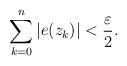
LaTeX: \begin{align*}\sum_{k=0}^n |e(z_k)| < \frac{\varepsilon}{2}.\end{align*}